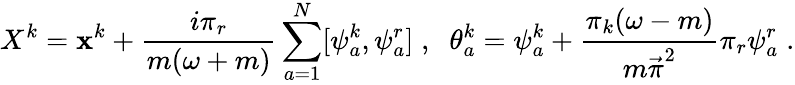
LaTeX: X^{k}=\mathbf{x}^{k}+\frac{{i\pi_{r}}}{{m(\omega+m)}}\sum_{a=1}^{N}[\psi_{a}^{k},\psi_{a}^{r}]\; ,\; \; \theta_{a}^{k}=\psi_{a}^{k}+\frac{{\pi_{k}(\omega-m)}}{{{m\vec{{\pi}}}^{2}}}\pi_{r}\psi_{a}^{r}\; .